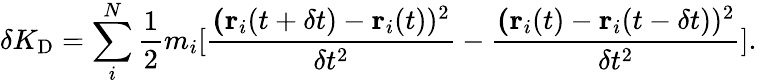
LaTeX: \delta K_{\textrm{D}}=\sum_{i}^{N}\frac{1}{2}m_{i}[\frac{\textbf(\textbf{r}_{i}(t+\delta t)-\textbf{r}_{i}(t))^{2}}{\delta t^{2}}-\frac{\textbf(\textbf{r}_{i}(t)-\textbf{r}_{i}(t-\delta t))^{2}}{\delta t^{2}}].